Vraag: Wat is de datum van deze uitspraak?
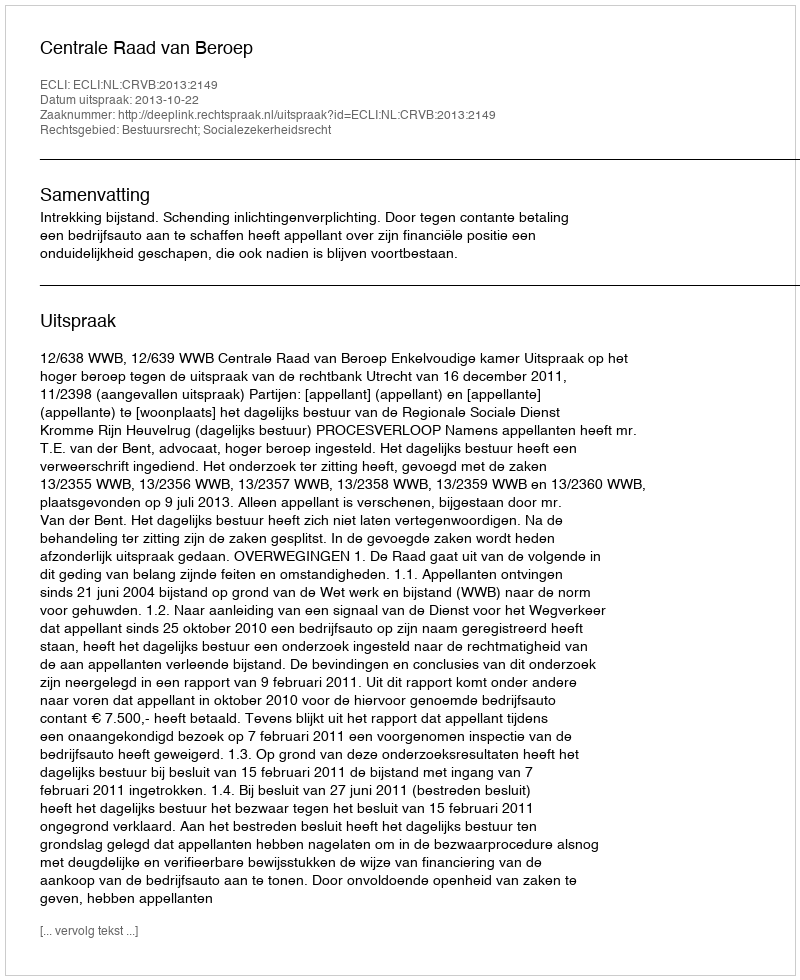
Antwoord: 2013-10-22